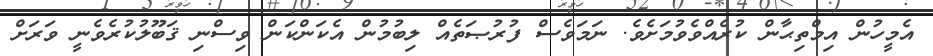
އެމީހުން އިމްތިޙާން ކުރެއްވެވުމަށެވެ. ނަމަވެސް ފުރުޞަތެއް ލިބުމުން އެކަންކަން ވިސްނި ޤަބޫލުކުރެވެނީ ވަރަށް